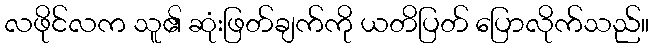
လဖိုင်လက သူ၏ ဆုံးဖြတ်ချက်ကို ယတိပြတ် ပြောလိုက်သည်။